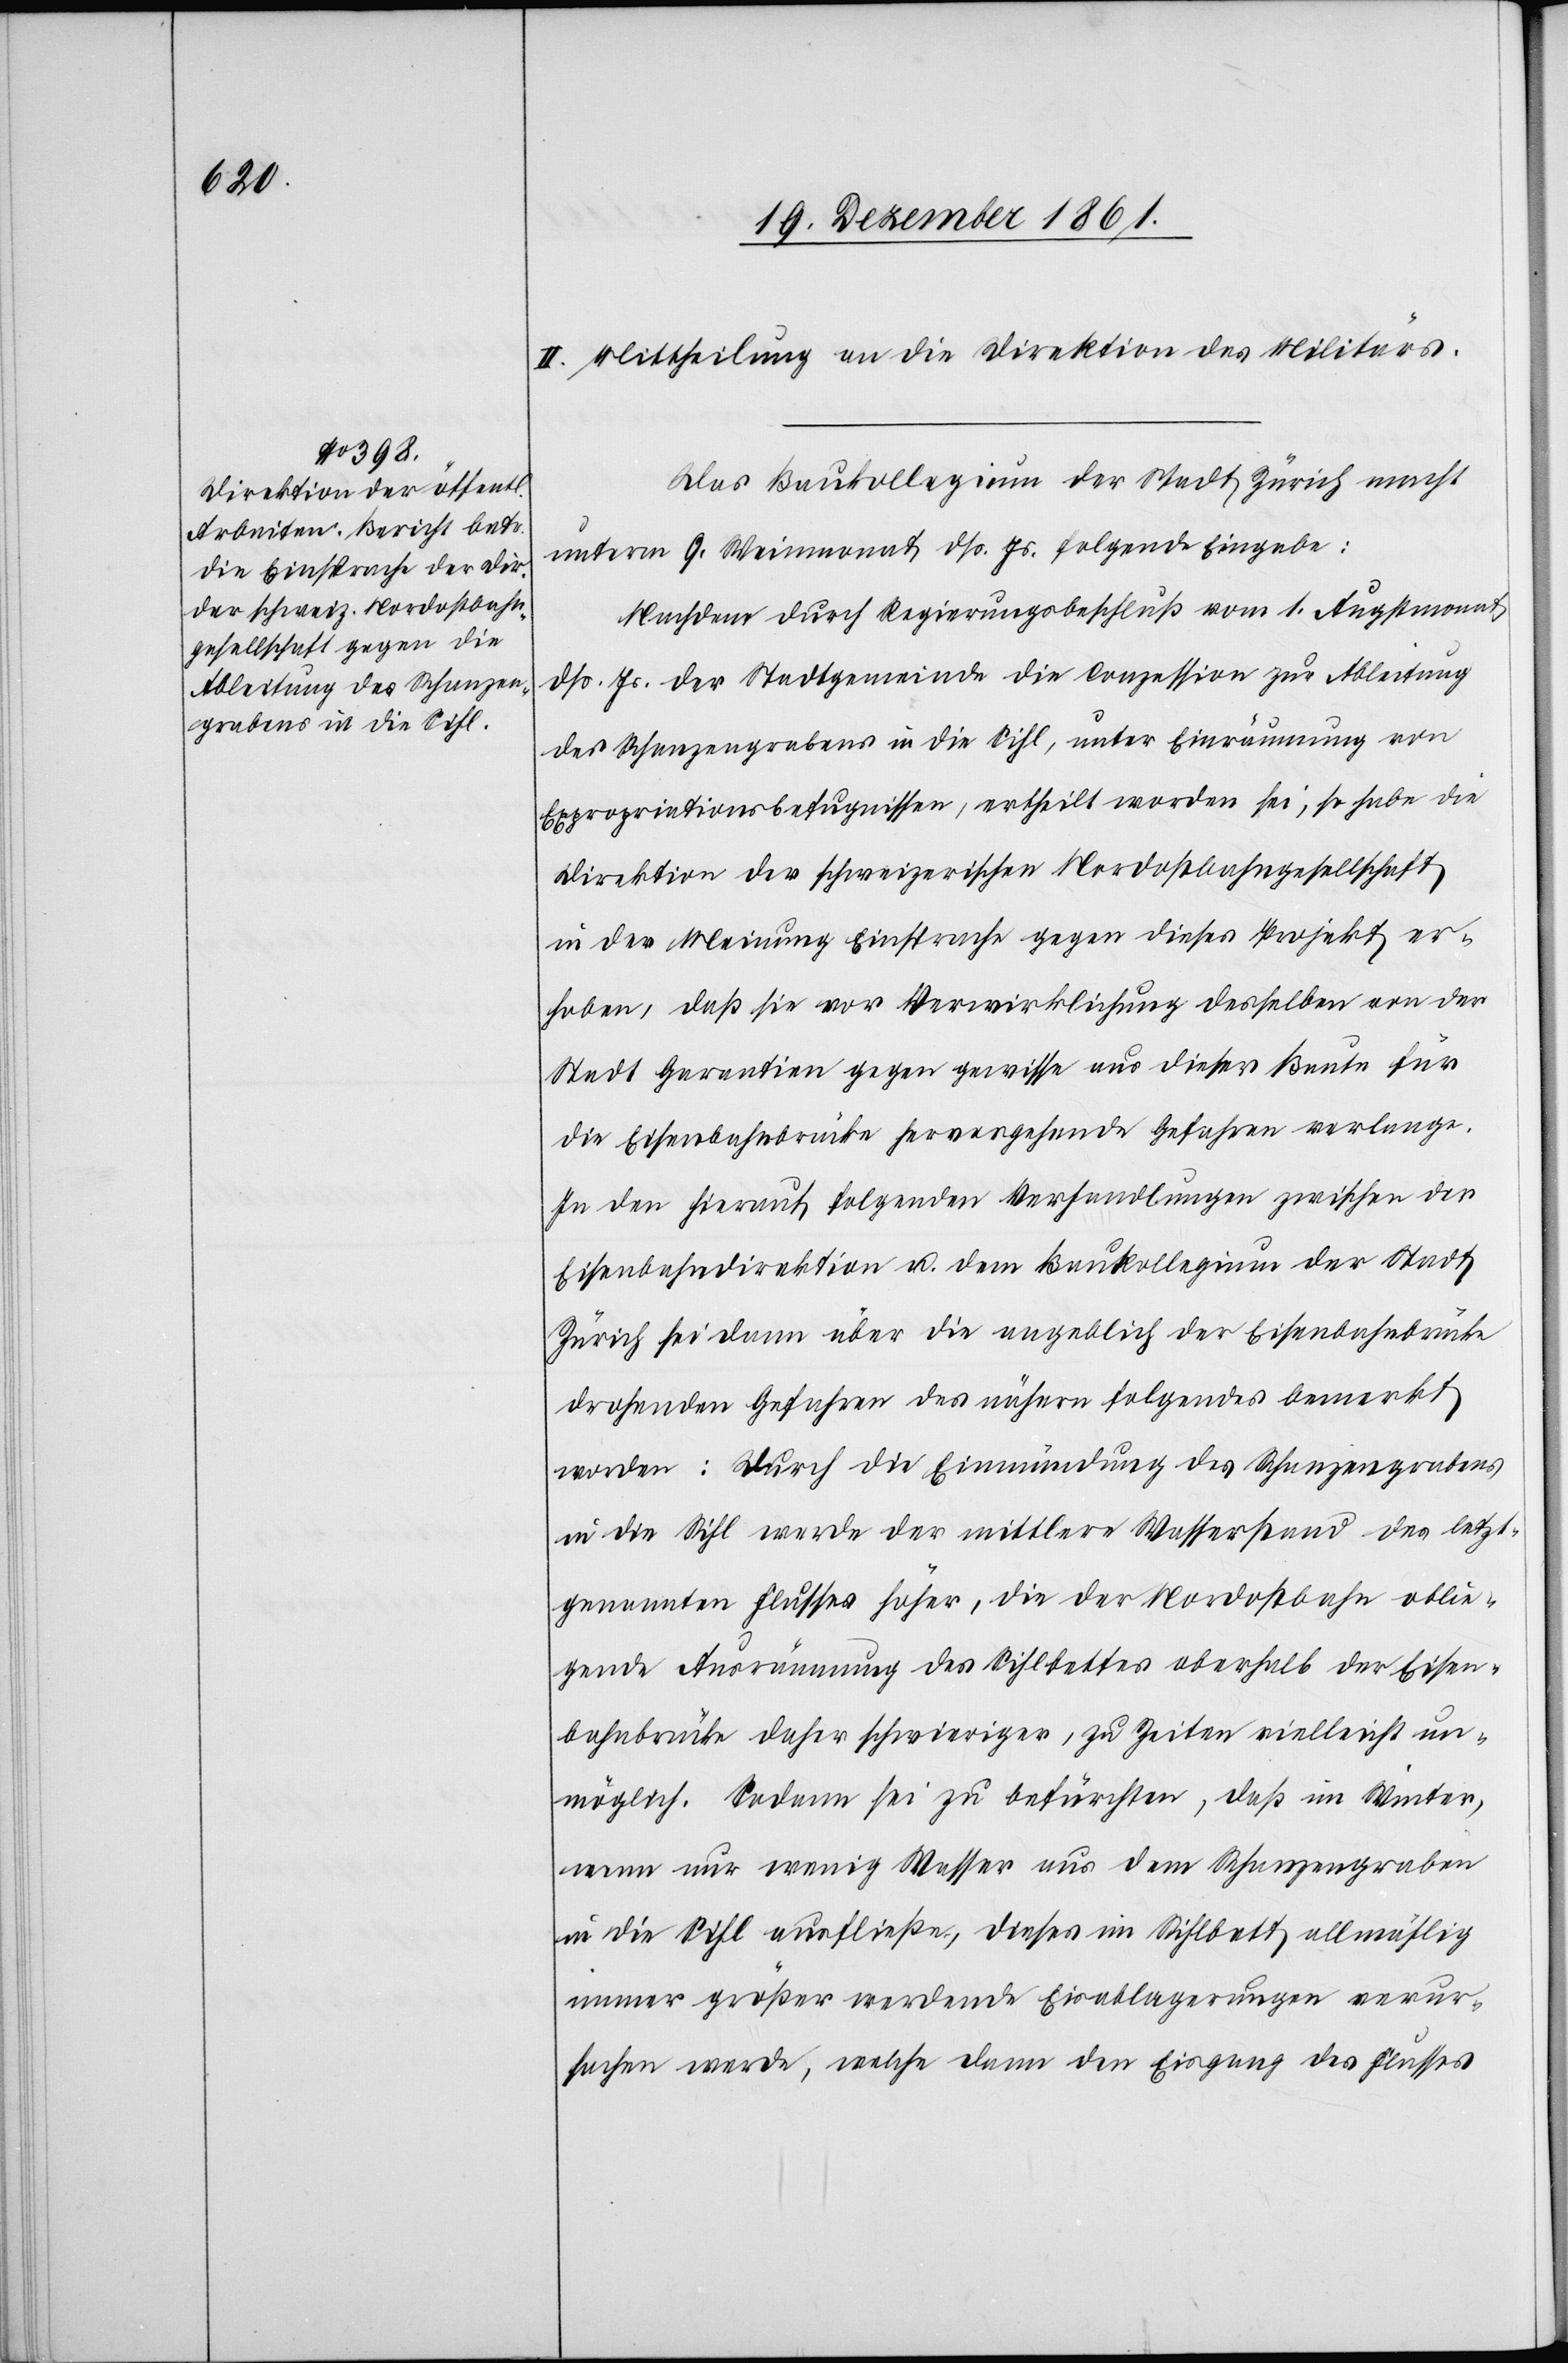
II. Mittheilung an die Direktion des Militärs.
Das Baukollegium der Stadt Zürich macht
unterm 9 Weinmonat dß. Js. folgende Eingabe:
Nachdem durch Regierungsbeschluß vom 1 Augstmonat
dß. Js. der Stadtgemeinde die Conzession zur Ableitung
des Schanzengrabens in die Sihl, unter Einräumung von
Expropriationsbefugnissen, ertheilt worden sei, so habe die
Direktion der schweizerischen Nordostbahngesellschaft
in der Meinung Einsprache gegen dieses Projekt er¬
hoben, daß sie vor Verwirklichung desselben von der
Stadt Garantien gegen gewisse aus dieser Baute für
die Eisenbahnbrücke hervorgehende Gefahren verlange.
In den hierauf folgenden Verhandlungen zwischen der
Eisenbahndirektion u. dem Baukollegium der Stadt
Zürich sei dann über die angeblich der Eisenbahnbrücke
drohenden Gefahren des nähern folgendes bemerkt
worden: Durch die Einmündung des Schanzengrabens
in die Sihl werde der mittlere Wasserstand des letzt¬
genannten Flusses höher, die der Nordostbahn oblie¬
gende Ausräumung des Sihlbettes oberhalb der Eisen¬
bahnbrücke daher schwieriger, zu Zeiten vielleicht un¬
möglich. Sodann sei zu befürchten, daß im Winter,
wenn nur wenig Wasser aus dem Schanzengraben
in die Sihl ausfließe, dieses im Sihlbett allmählig
immer größer werdende Eisablagerungen verur¬
sachen werde, welche dann den Eingang des Flusses